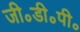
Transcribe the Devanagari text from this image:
जी॰डी॰पी॰